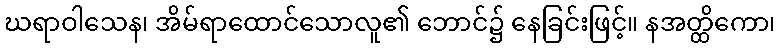
ဃရာဝါသေန၊ အိမ်ရာထောင်သောလူ၏ ဘောင်၌ နေခြင်းဖြင့်။ နအတ္ထိကော၊